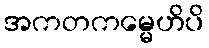
အကတကမ္မေဟိပိ